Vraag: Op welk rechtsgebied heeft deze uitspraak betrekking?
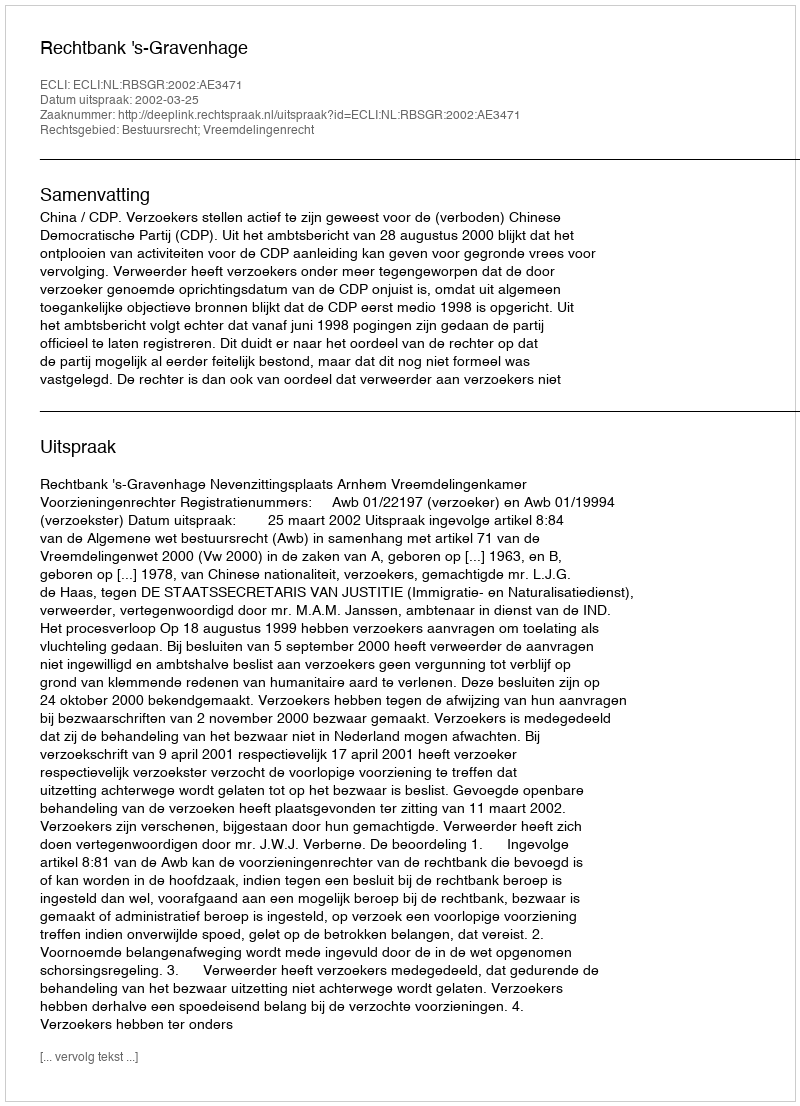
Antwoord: Bestuursrecht; Vreemdelingenrecht